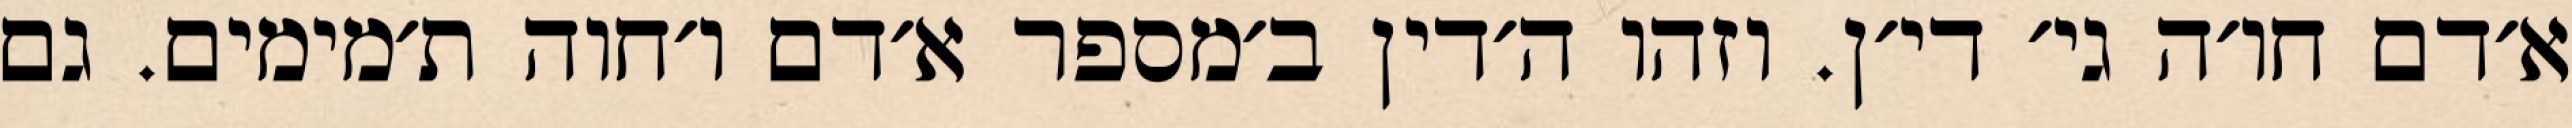
א׳דם חו׳ה גי׳ די׳ן. וזהו ה׳דין ב׳מספר א׳דם ו׳חוה ת׳מימים. גם